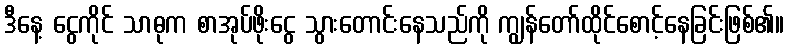
ဒီနေ့ ငွေကိုင် သာဓုက စာအုပ်ဖိုးငွေ သွားတောင်းနေသည်ကို ကျွန်တော်ထိုင်စောင့်နေခြင်းဖြစ်၏။